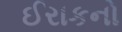
ઈરાકનો